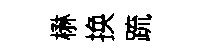
楙换䟽